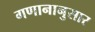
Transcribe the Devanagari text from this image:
गणानानुसार